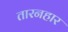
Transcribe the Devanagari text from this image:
तारनहार